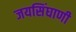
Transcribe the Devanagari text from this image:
जयसिंघाणी